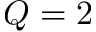
Q = 2